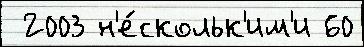
 2003 н'е́скольк'им'и 60